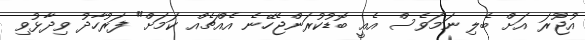
އުޖޫރަ އަށް ބެލި ނަމަވެސް އެއީ ބޮޑުކުރަންޖެހޭނެ އެއްޗެއް ކަމަށް" ފަރުހާދު ވިދާޅުވި